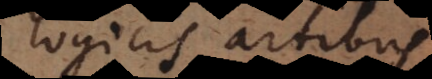
logicis artibus